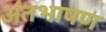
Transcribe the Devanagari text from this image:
अंतभाषण